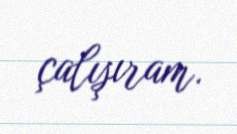
çalışıram.